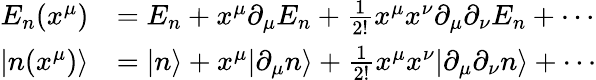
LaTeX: {\begin{array}{rl}{E_{n}(x^{\mu})}&{=E_{n}+x^{\mu}\partial_{\mu}E_{n}+{\frac{1}{2!}}x^{\mu}x^{\nu}\partial_{\mu}\partial_{\nu}E_{n}+\cdots}\\ {\left|n(x^{\mu})\right\rangle}&{=|n\rangle+x^{\mu}|\partial_{\mu}n\rangle+{\frac{1}{2!}}x^{\mu}x^{\nu}|\partial_{\mu}\partial_{\nu}n\rangle+\cdots}\end{array}}